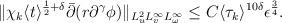
LaTeX: \begin{align*} \begin{aligned} \Vert \chi_k \langle t \rangle^{{1 \over 2} + \delta} \bar \partial (r \partial^\gamma \phi) \Vert_{L_u^2 L_v^\infty L_\omega^\infty} \le C \langle \tau_k \rangle^{10 \delta} \epsilon^{{3 \over 4}}. \end{aligned}\end{align*}